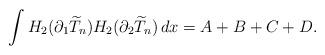
LaTeX: \begin{align*}\int H_{2}(\partial _{1}\widetilde{T}_{n})H_{2}(\partial _{2}\widetilde{T}_{n})\,dx = A + B + C + D.\end{align*}